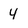
Character: 4